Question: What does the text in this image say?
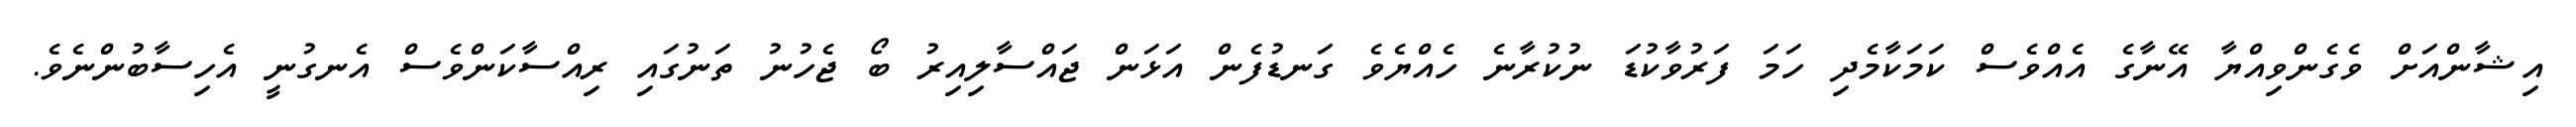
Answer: އިޝާންއަށް ވެގެންވިއްޔާ އޭނާގެ އެއްވެސް ކަމަކާމެދި ހަމަ ފަރުވާކުޑަ ނުކުރާނެ ހެއްޔެވެ ގަނޑުފެން އަޅަން ޖައްސާލިއިރު ބޯ ޖެހުނު ތަނުގައި ރިއްސާކަންވެސް އެނގުނީ އެހިސާބުންނެވެ.